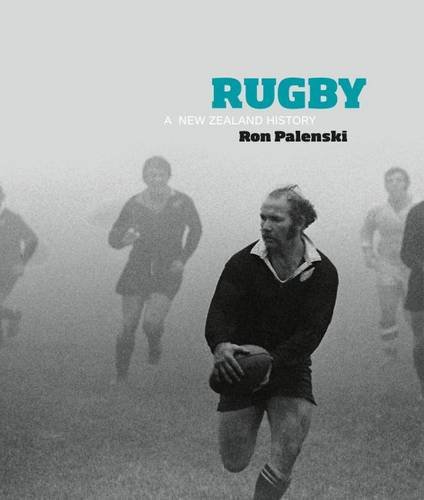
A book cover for Rugby: A New Zealand History; Ron Palenski; Sports & Outdoors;